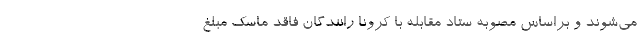
می‌شوند و براساس مصوبه ستاد مقابله با کرونا رانندگان فاقد ماسک مبلغ